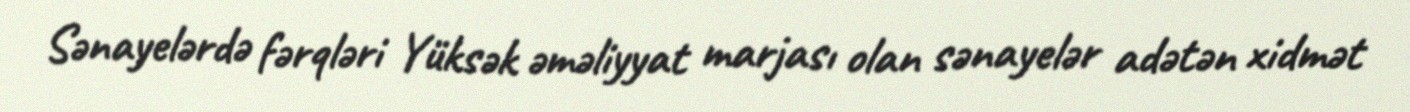
Sənayelərdə fərqləri Yüksək əməliyyat marjası olan sənayelər adətən xidmət